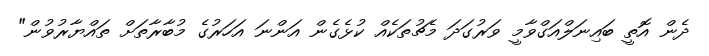
ދެން އޮތީ ބައިނަލްއަގްވާމީ ވަރުގަދަ މެޗުތަކެއް ކުޅެގެން އަންނަ އަހަރުގެ މުބާރާތަށް ތައްޔާރުވުން"